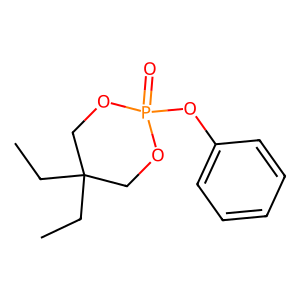
SMILES: CCC1(CC)COP(=O)(Oc2ccccc2)OC1
Inhibits HIV replication: No